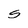
Character: S